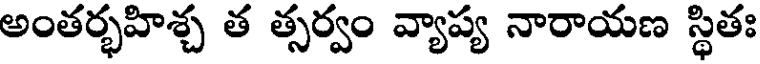
అంతర్భహిశ్చ త త్సర్వం వ్యాప్య నారాయణ స్థితః